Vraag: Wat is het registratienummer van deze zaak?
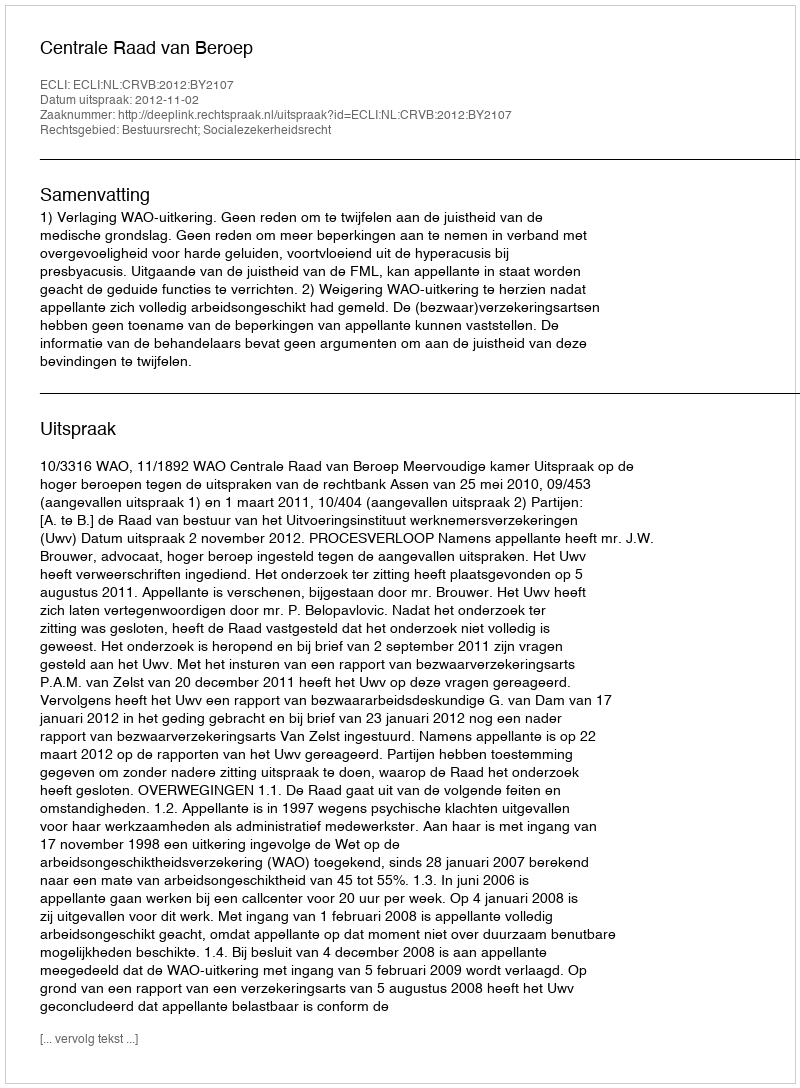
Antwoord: http://deeplink.rechtspraak.nl/uitspraak?id=ECLI:NL:CRVB:2012:BY2107